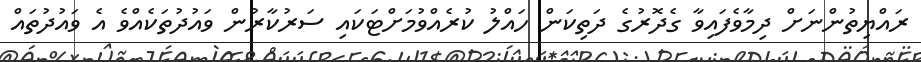
ރައްޔިތުންނަށް ދިމާވެފައިވާ ގެދޮރުގެ ދަތިކަން ހައްލު ކުރެއްވުމަށްޓަކައި ސަރުކާރުން ވައުދުތަކެއްވެ އެ ވައުދުތައް